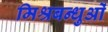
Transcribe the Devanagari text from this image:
मिश्रबन्धुओं